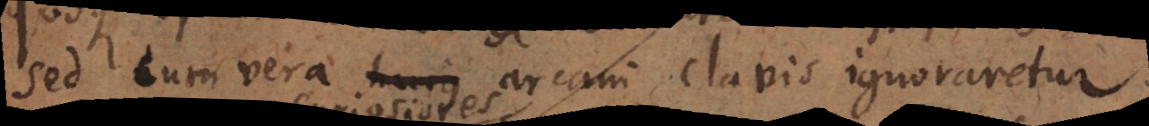
Sed cum vera arcani clavis ignoraretur